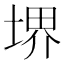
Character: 堺